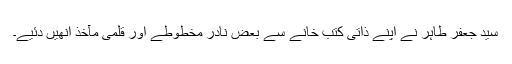
سید جعفر طاہر نے اپنے ذاتی کتب خانے سے بعض نادر مخطوطے اور قلمی مآخذ انھیں دئیے۔